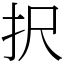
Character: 択